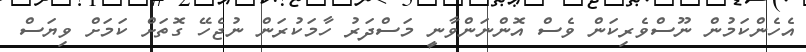
އެހެންކަމުން ނޫސްވެރިކަން ވެސް އޮންނަންވާނީ މަސްދަރު ހާމަކުރަން ނުޖެހޭ ގޮތަށް ކަމަށް ވިޔަސް